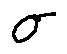
\sigma